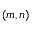
( m , n )